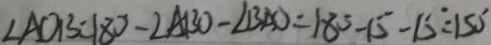
\angle A O B = 1 8 0 ^ { \circ } - \angle A B O - \angle B A O = 1 8 0 ^ { \circ } - 1 5 ^ { \circ } - 1 5 ^ { \circ } = 1 5 0 ^ { \circ }